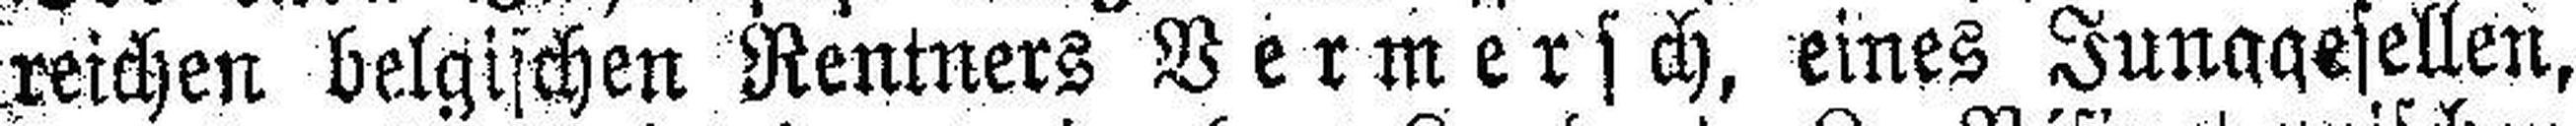
reichen belgischen Rentners Vermersch, eines Junggesellen,